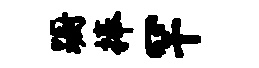
蹰捧罕